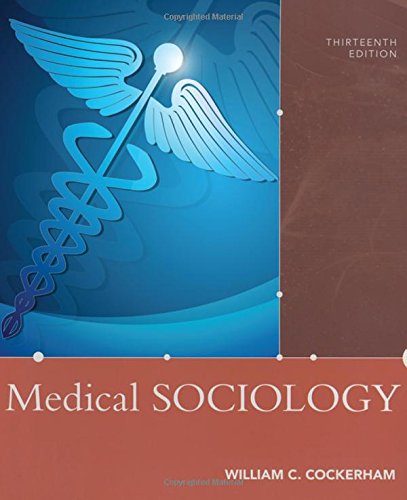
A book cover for Medical Sociology; William C. Cockerham; Medical Books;